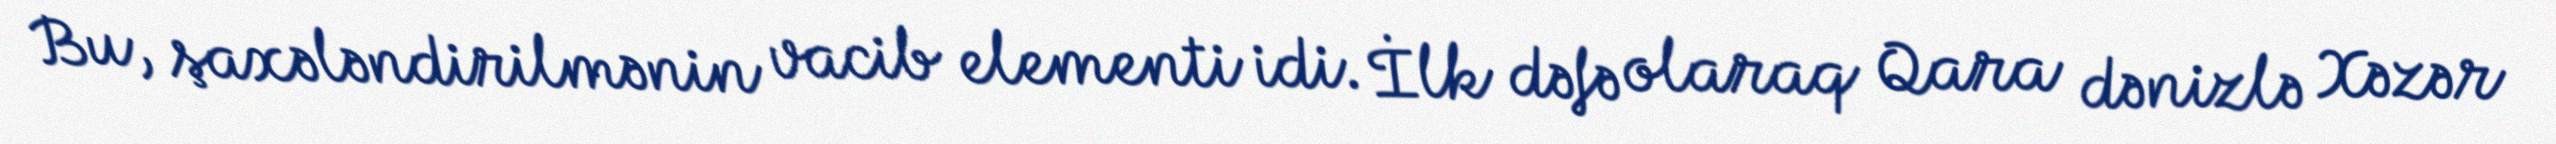
Bu, şaxələndirilmənin vacib elementi idi. İlk dəfə olaraq Qara dənizlə Xəzər